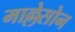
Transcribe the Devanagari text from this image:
माल्लेसोन